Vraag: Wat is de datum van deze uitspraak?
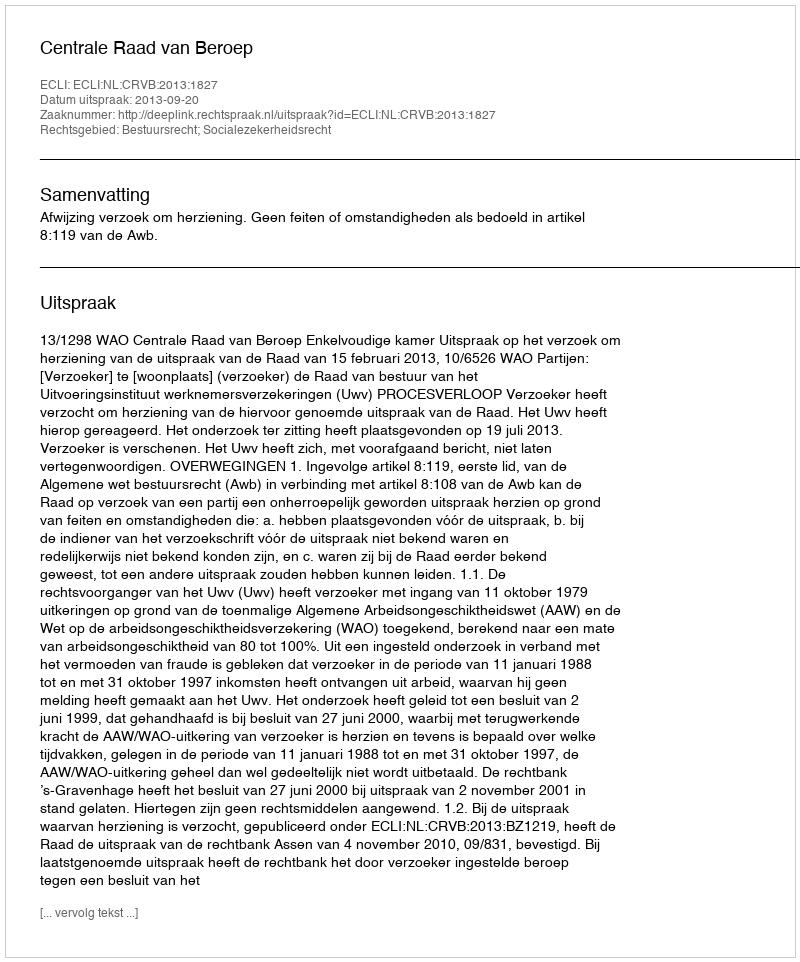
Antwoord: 2013-09-20